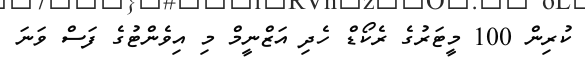
ކުރިން 100 މީޓަރުގެ ރެކޯޑް ހެދި އަޒްނީމް މި އިވެންޓުގެ ފަސް ވަނަ